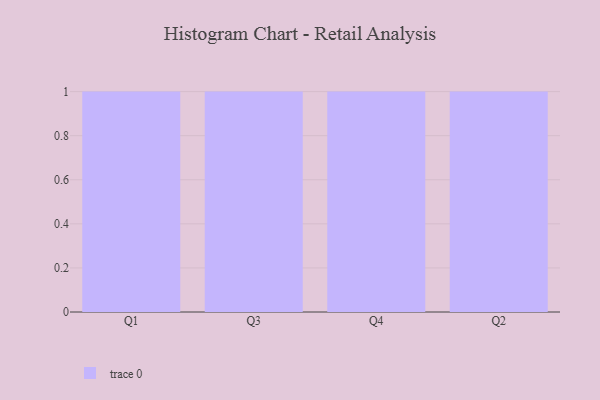
{"axis": {"x": "Quarter", "y": "Active Users"}, "legend": [""], "data": [{"x": "Q1", "y": 84, "type": ""}, {"x": "Q3", "y": 6, "type": ""}, {"x": "Q4", "y": 51, "type": ""}, {"x": "Q2", "y": 76, "type": ""}]}